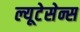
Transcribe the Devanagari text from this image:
ल्यूटेसेन्स